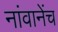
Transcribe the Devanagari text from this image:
नांवानेंच